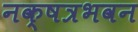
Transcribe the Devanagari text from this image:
नक्षत्रभवन